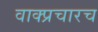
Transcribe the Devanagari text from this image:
वाक्प्रचारच